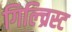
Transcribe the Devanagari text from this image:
गिल्च्रिस्ट